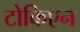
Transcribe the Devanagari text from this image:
टोकिएन